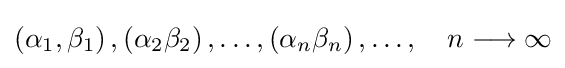
\left(\alpha _{1},\beta _{1}\right),\left(\alpha _{2}\beta _{2}\right),\ldots ,\left(\alpha _{n}\beta _{n}\right),\ldots ,\quad n\longrightarrow \infty